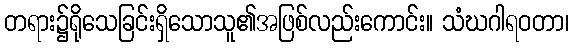
တရား၌ရိုသေခြင်းရှိသောသူ၏အဖြစ်လည်းကောင်း။ သံဃဂါရဝတာ၊